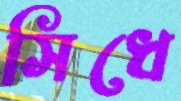
সিধে